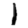
Digit: 1